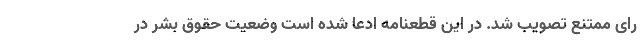
رای ممتنع تصویب شد. در این قطعنامه ادعا شده است وضعیت حقوق بشر در